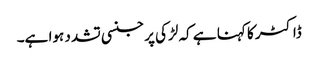
ڈاکٹر کا کہنا ہے کہ لڑکی پر جنسی تشدد ہوا ہے۔